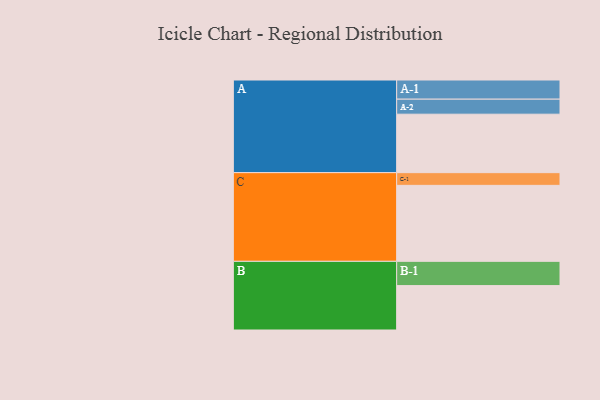
{"axis": {"x": "Segment", "y": "Value"}, "legend": ["", "A", "B", "C"], "data": [{"x": "A", "y": 424, "type": ""}, {"x": "B", "y": 322, "type": ""}, {"x": "C", "y": 551, "type": ""}, {"x": "A-1", "y": 139, "type": "A"}, {"x": "A-2", "y": 109, "type": "A"}, {"x": "B-1", "y": 176, "type": "B"}, {"x": "C-1", "y": 92, "type": "C"}]}